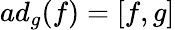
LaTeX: ad_{g}(f)=[f,g]